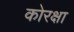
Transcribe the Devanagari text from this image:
कोरक्षा